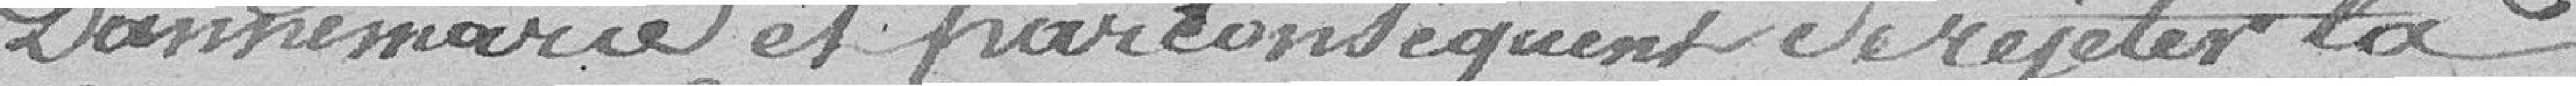
Dannemarie et par conséquent de rejeter la